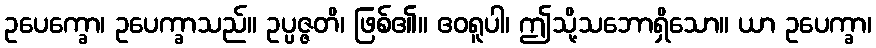
ဥပေက္ခော၊ ဥပေက္ခာသည်။ ဥပ္ပဇ္ဇတိ၊ ဖြစ်၏။ ဧဝရူပါ၊ ဤသို့သဘောရှိသော။ ယာ ဥပေက္ခာ၊